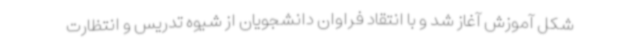
شکل آموزش آغاز شد و با انتقاد فراوان دانشجویان از شیوه تدریس و انتظارت